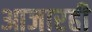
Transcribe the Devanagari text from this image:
आजारही